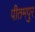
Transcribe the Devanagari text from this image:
पीतमपुर